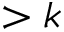
> k